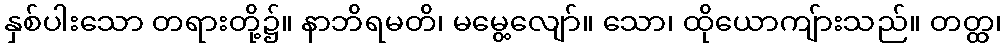
နှစ်ပါးသော တရားတို့၌။ နာဘိရမတိ၊ မမွေ့လျော်။ သော၊ ထိုယောကျ်ားသည်။ တတ္ထ၊